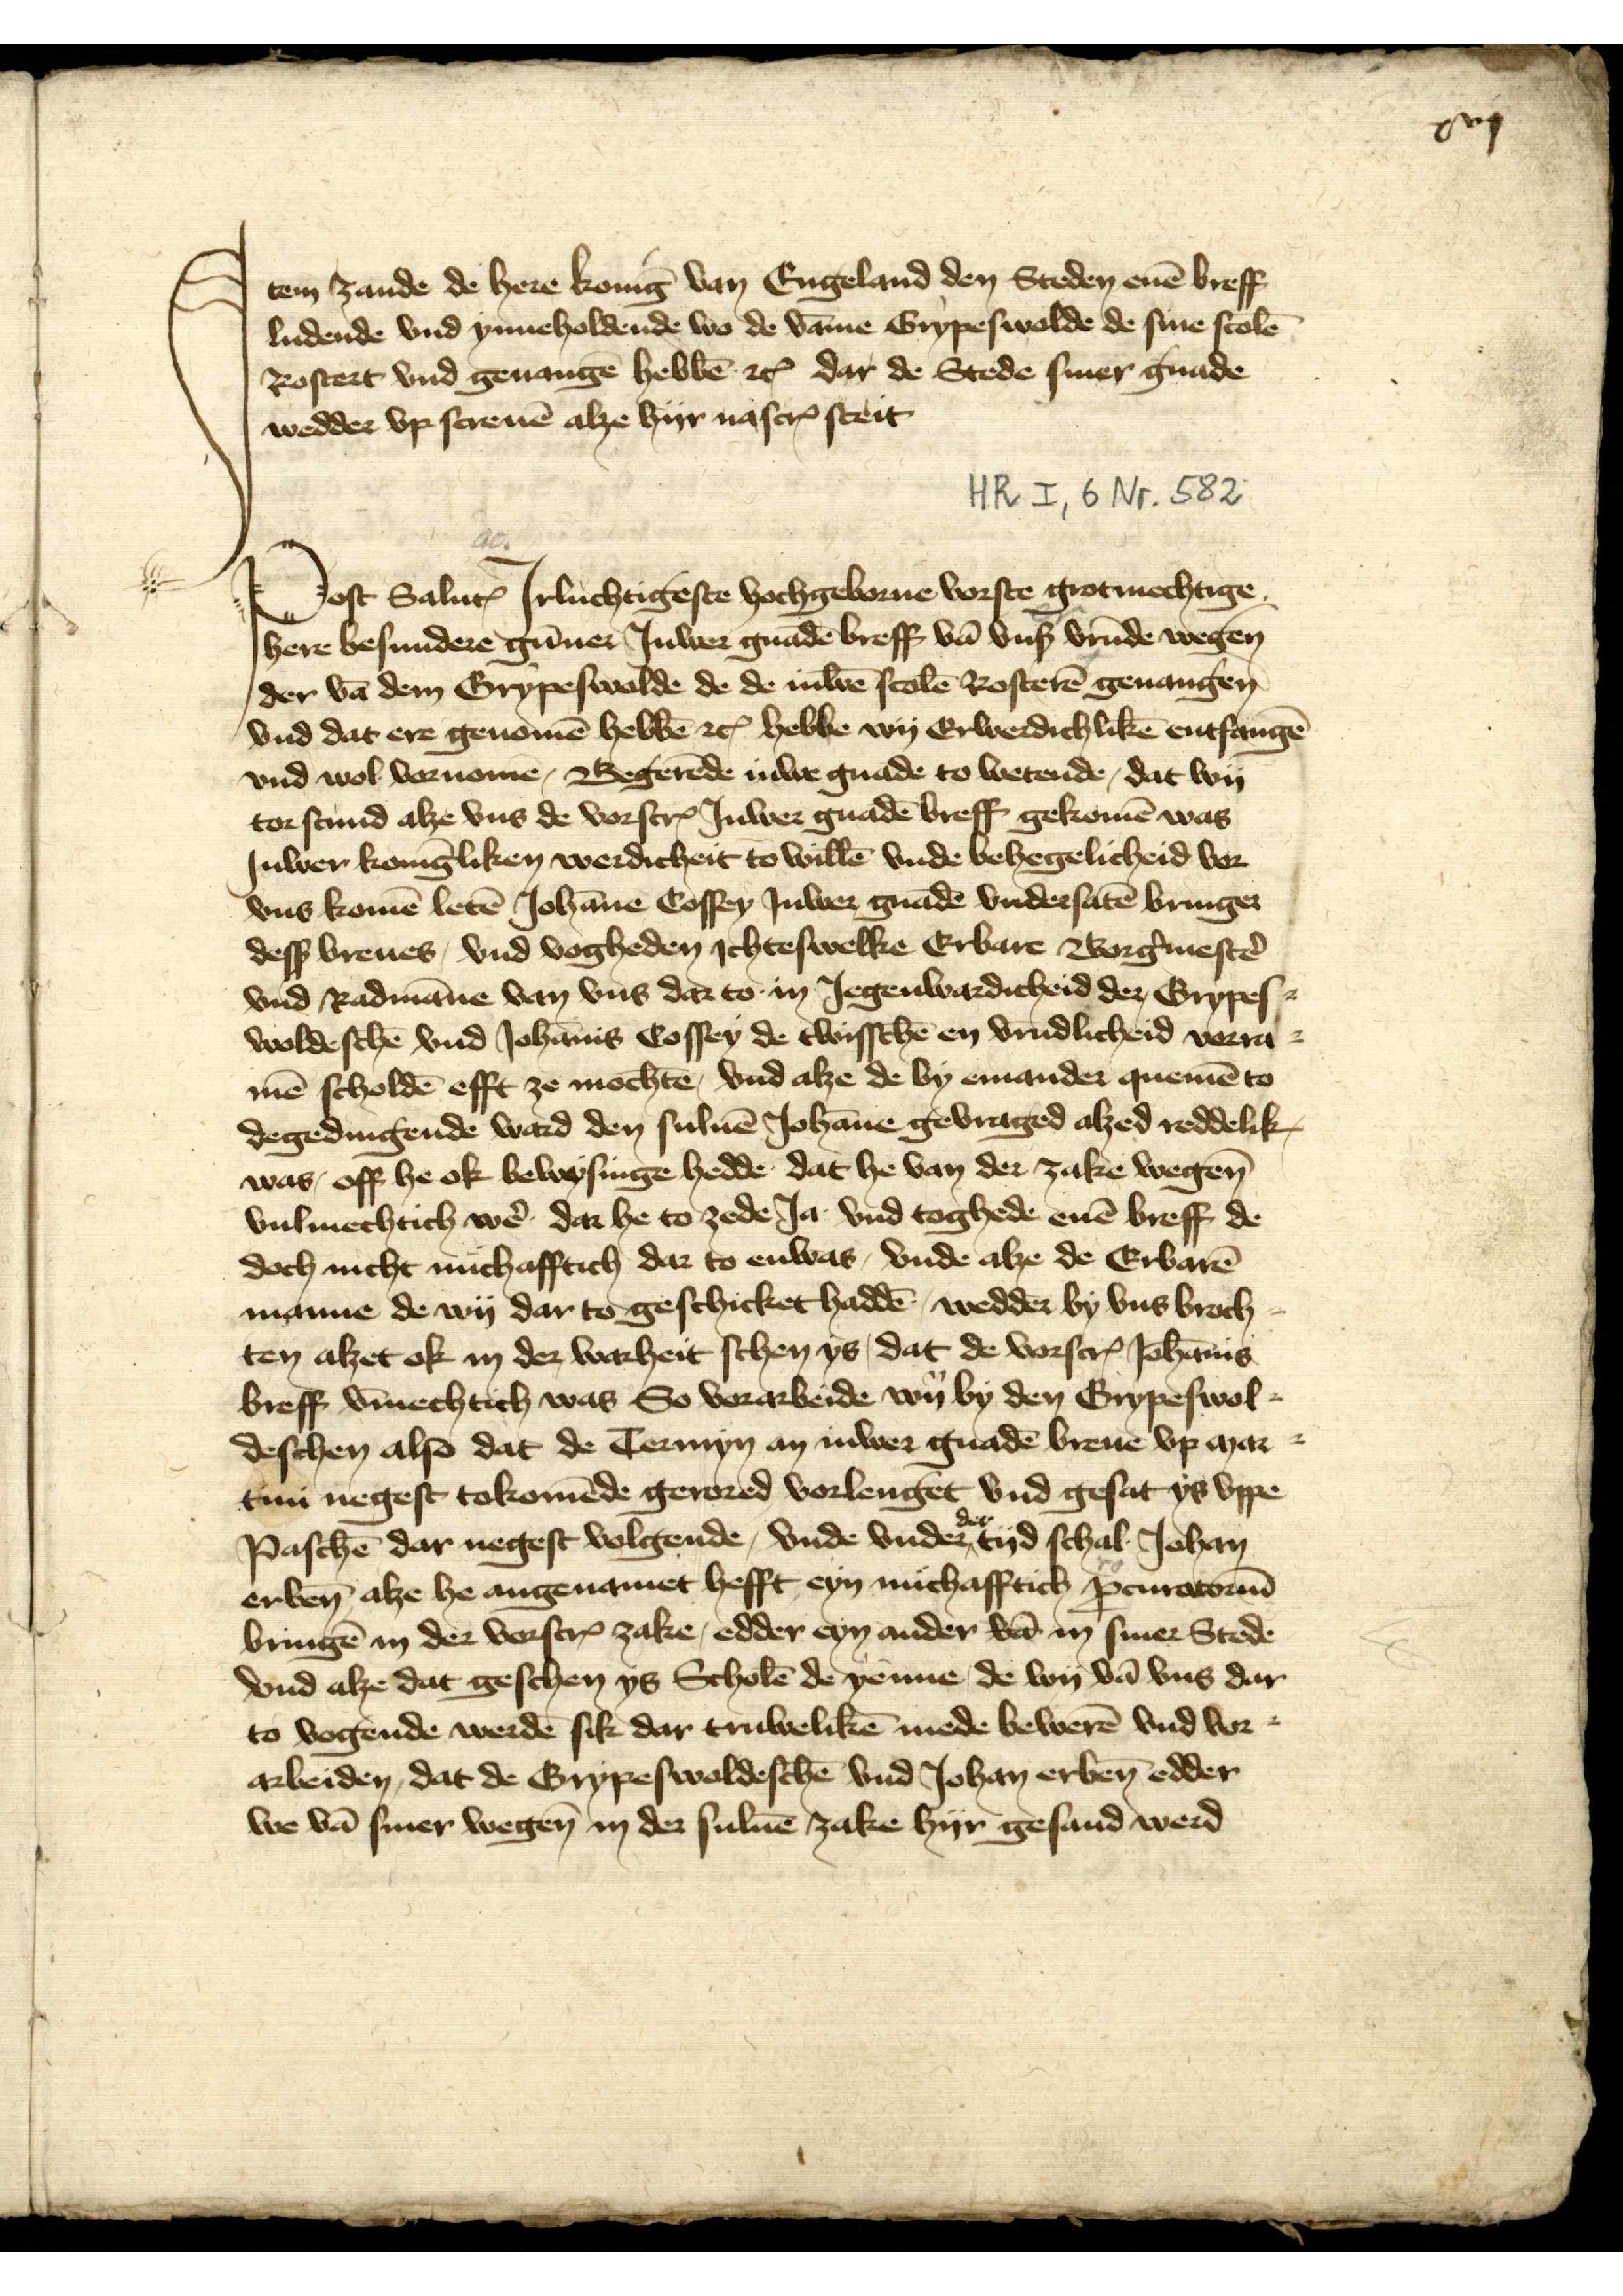
xvj

Jtem zande de here konīg van Engeland den Steden enē breff
ludende vnd ynneholdende wo de vāne Grypeswalde de sine scolē
Rostert vnd geuangē hebbē etꝬ dar de Stede siner gnade
wedder vp screuē alze hyr nascrꝬ steit

Post SalutꝬ Jrluchtigste hochgeborne vorste grotmochtige
here besundere gūner Juwer gnadē breff vā vnß vrūde wegen
der vā dem Grypeswalde de de iuwē scolē Rosterē genangen
vnd dat ere genomē hebbē etꝬ hebbe wy Erwerdichlikē entfangē
vnd wol vornomē, Begerēde Juwe gnade to wetende, dat wy
torstund alze vns de vorscȓ Juwer gnadē breff gekomē was
Juwer konīgliken werdicheit to willē vnde behegelicheid vor
vns komē letē Johāne Cossey Juwer gnadē vndersatē bringer
desß breues, vnd vogheden Jchteswelke Erbare Borg̉mestẻ
vnd Radmāne van vns dar to in Jegenwardicheid der Grypes¬
woldeschē vnd Johānis Cossey, de twisschē en vrūdlicheid vorra¬
mē scholdē efft ze mochtē, vnd alze de by emander quemē to
degedingende ward den suluē Johāne gevraged alzed reddelik
was, off he ok bewysinge hedde dat he van der zake wegen
vulmechtich wẻ dar he to zede Ja vnd toghede enē breff de
doch nicht nuchafftich dar to enwas, vnde alze de Erbarē
manne de wy dar to geschicket haddē . wedder by vns broch¬
ten alzet ok in der warheit schen ys, dat de vorscrꝬ Johānis
breff v̄mechtich was So vorarbeide wy by den Grypeswol¬
deschen also dat de Termyn an iuwer gnadē breue vp mar¬
tini negest tokomēde gerored vorlenget vnd gesat ys vppe
Paschē dar negest volgende. vnde vnder der tyd schal Johan
erben̄ alze he angenamet hefft eyn nuchafftich ꝑcuratorum
bringē in der vorscrꝬ zake, edder eyn ander vā in siner Stede
vnd alze dar geschen ys Scholē de yenne de wy vā vns dar
to vogende werdē sik dar truwelikē mede bewerē vnd vor¬
arbeiden, dat de Grypeswoldeschē vnd Johan erben̄ edder
we vā siner wegen in der suluē zake hyr gesand werd